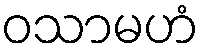
ဝသာမဟံ